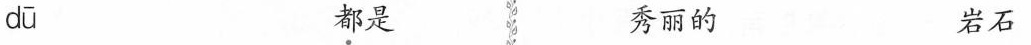
dū \underset{·}{都}是 秀丽的 岩石